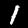
Digit: 1